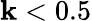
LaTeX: \mathbf{k}<0.5